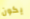
يكون